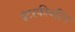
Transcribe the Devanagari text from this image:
इंटरफीयरिंग